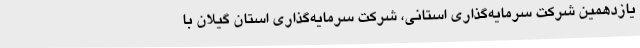
یازدهمین شرکت سرمایه‌گذاری استانی، شرکت سرمایه‌گذاری استان گیلان با